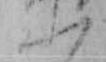
ふ